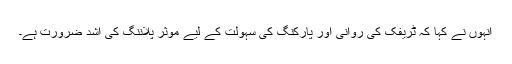
انہوں نے کہا کہ ٹریفک کی روانی اور پارکنگ کی سہولت کے لیے موثر پلاننگ کی اشد ضرورت ہے۔